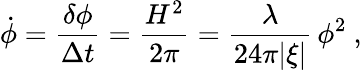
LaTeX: \dot{\phi}={\frac{\delta\phi}{\Delta t}}={\frac{H^{2}}{2\pi}}={\frac{\lambda}{24\pi|\xi|}}\, \phi^{2}\ ,